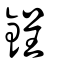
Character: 鋥